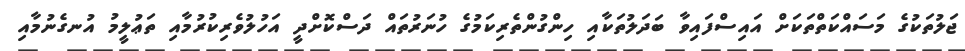
ޖަލުތަކުގެ މަސައްކަތްތަކަށް އައިސްފައިވާ ބަދަލުތަކާއި ހިންގުންތެރިކަމުގެ ހުނަރުތައް ދަސްކޮށްދީ އަހުލުވެރިކުރުމާއި ތަޢުލީމު އުނގެނުމާއި